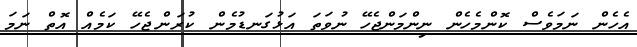
އެހެން ނަމަވެސް ކޮންމެހެން ނިންމަންޖެހޭ ނުވަތަ އަޅުގަނޑުމެން ކުރަންޖެހޭ ކަމެއް އޮތް ނަމަ